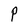
Character: P